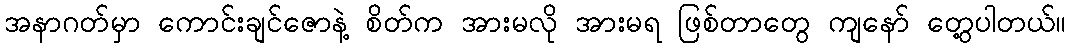
အနာဂတ်မှာ ကောင်းချင်ဇောနဲ့ စိတ်က အားမလို အားမရ ဖြစ်တာတွေ ကျနော် တွေ့ပါတယ်။